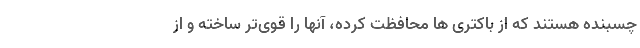
چسبنده هستند که از باکتری ها محافظت کرده، آنها را قوی‌تر ساخته و از